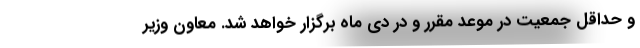
و حداقل جمعیت در موعد مقرر و در دی ماه برگزار خواهد شد. معاون وزیر